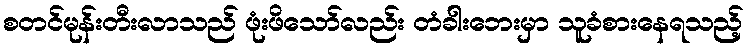
စတင်မုန်းတီးလာသည် ဖုံးဖိသော်လည်း တံခါးဘေးမှာ သူခံစားနေရသည့်